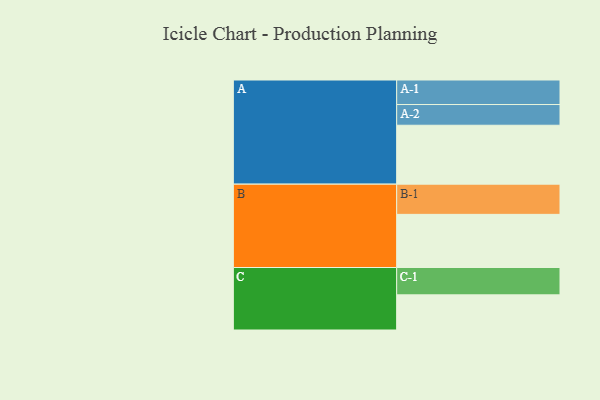
{"axis": {"x": "Segment", "y": "Value"}, "legend": ["", "A", "B", "C"], "data": [{"x": "A", "y": 560, "type": ""}, {"x": "B", "y": 505, "type": ""}, {"x": "C", "y": 334, "type": ""}, {"x": "A-1", "y": 233, "type": "A"}, {"x": "A-2", "y": 197, "type": "A"}, {"x": "B-1", "y": 287, "type": "B"}, {"x": "C-1", "y": 260, "type": "C"}]}